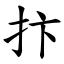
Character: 抃